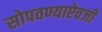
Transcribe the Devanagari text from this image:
सोपवण्याऐवजी